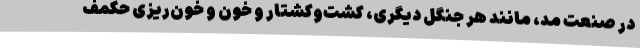
در صنعت مد، مانند هر جنگل دیگری، کشت‌وکشتار و خون و خون‌ریزی حکمف